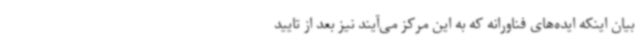
بیان اینکه ایده‌های فناورانه که به این مرکز می‌آیند نیز بعد از تایید